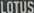
LOTUS